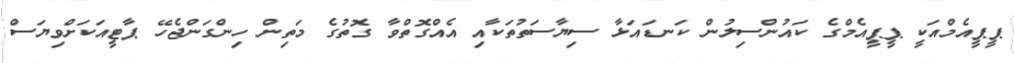
ޕީޕީއެމްއަކީ ޕީޕީއެމްގެ ކައުންސިލުން ކަނޑައަޅާ ސިޔާސަތުތަކާއި އެއްގޮތްވާ ގޮތުގެ މަތިން ހިންގަންޖެހޭ ޕާޓީއަކަށްވިޔަސް